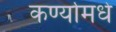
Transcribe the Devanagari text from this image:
कर्ण्यामधे